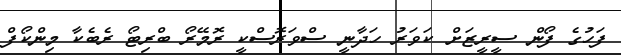
ފަހުގެ ފޯން ސީރީޒަށް ކަވަރު ހަދާނީ ސްވަރޮސްކީ ރޮމޭރޯ ބްރިޓޯ ރެބެކާ މިންކޯފް